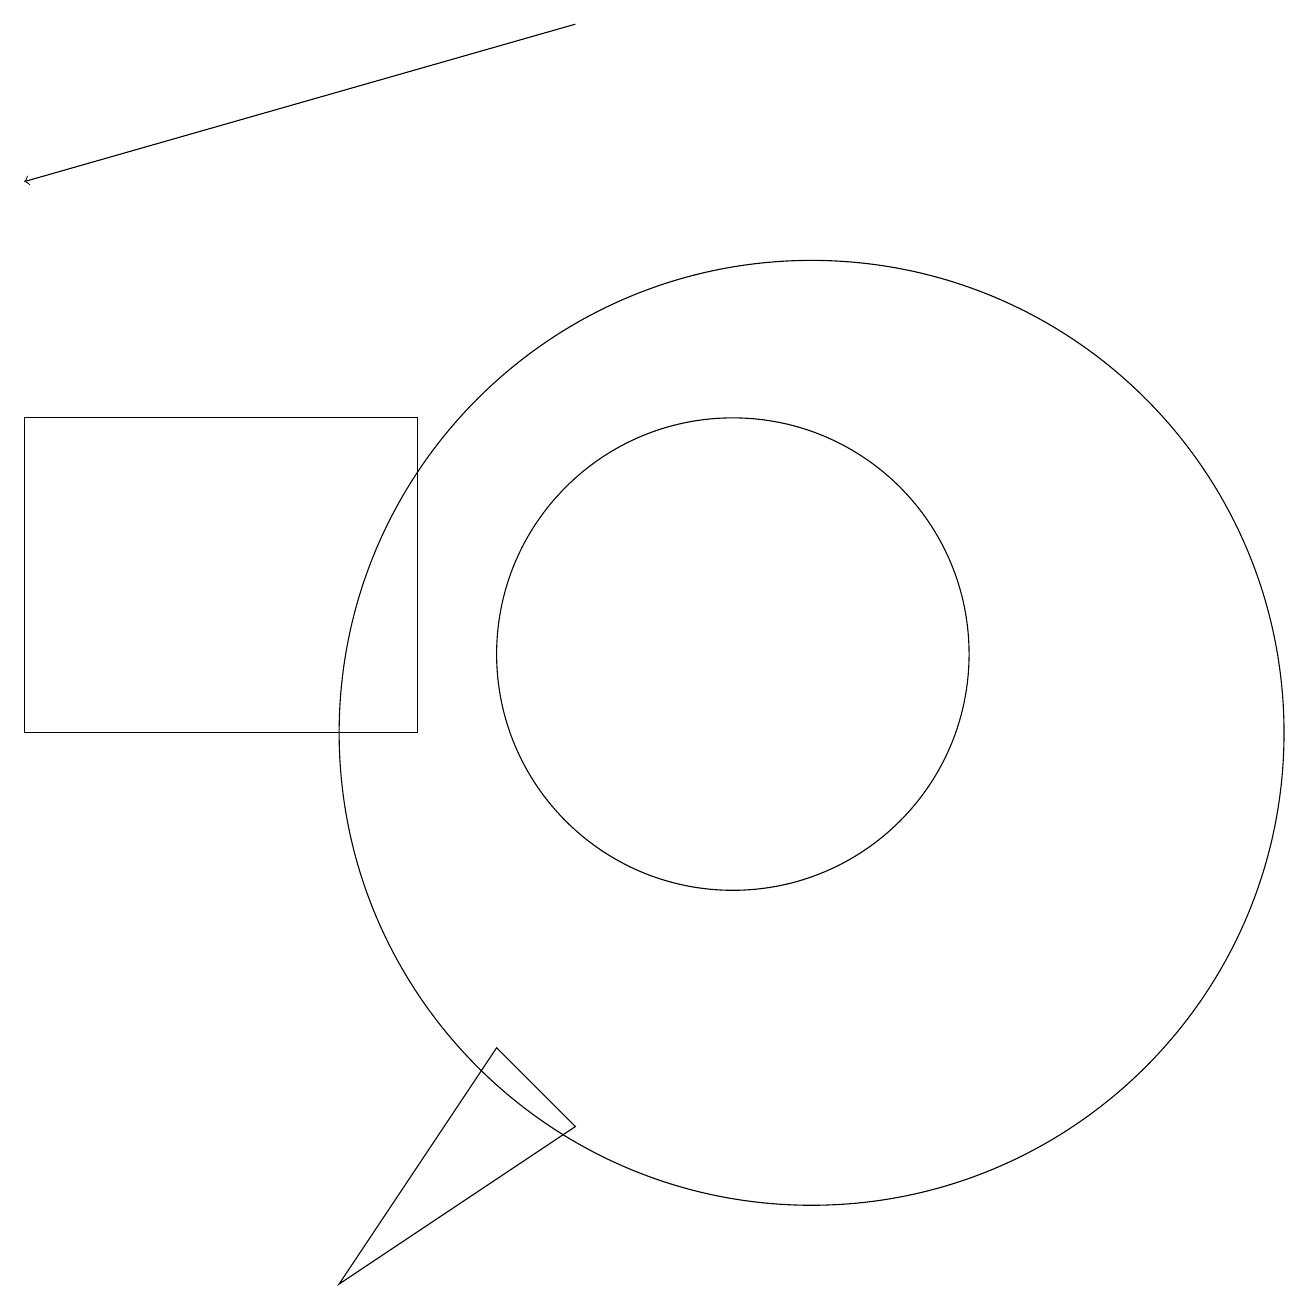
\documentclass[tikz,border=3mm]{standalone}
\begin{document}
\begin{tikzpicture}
\draw (10,11) circle (3);
\draw (1,10) rectangle (6,14);
\draw (11,10) circle (6);
\draw (8,5) -- (5,3) -- (7,6) -- cycle;
\draw[->] (8,19) -- (1,17);
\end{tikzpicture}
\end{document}